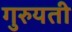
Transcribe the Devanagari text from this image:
गुरुयती